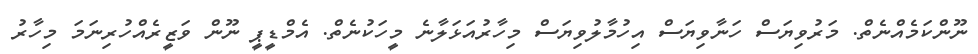
ނޫންކަމެއްނެތް. މަރުވިޔަސް ހަނާވިޔަސް އިހުމާލުވިޔަސް މިހާރުއަޅަލާނެ މީހަކުނެތް. އެމްޑީޕީ ނޫން ވަޒީރެއްހުރިނަމަ މިހާރު